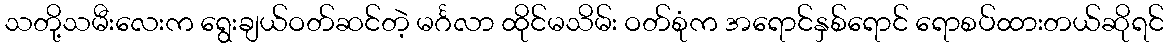
သတို့သမီးလေးက ရွေးချယ်ဝတ်ဆင်တဲ့ မင်္ဂလာ ထိုင်မသိမ်း ဝတ်စုံက အရောင်နှစ်ရောင် ရောစပ်ထားတယ်ဆိုရင်